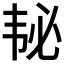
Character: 𱂅